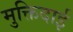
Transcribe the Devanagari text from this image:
मुक्तिदाई